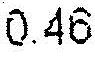
0.46